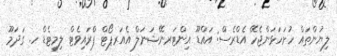
ލިޔުންތައް ހުށަހަޅަންޖެހޭ އެޑްރެސް: އައްޑޫ އިންޓަރނޭޝަނަލް އެއަރޕޯޓް ޕްރައިވެޓް ލިމިޓެޑް ހ. ގަދަމޫ